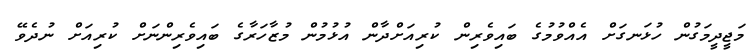
މަޖީދީމަގުން ހުޅަނގަށް އެއްވުމުގެ ބައިވެރިން ކުރިއަށްދާން އުޅުމުން މުޒާހަރާގެ ބައިވެރިންނަށް ކުރިއަށް ނުދެވޭ